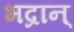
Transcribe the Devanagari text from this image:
भद्रान्